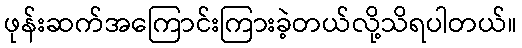
ဖုန်းဆက်အကြောင်းကြားခဲ့တယ်လို့သိရပါတယ်။